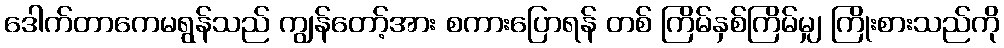
ဒေါက်တာကေမရွန်သည် ကျွန်တော့်အား စကားပြောရန် တစ် ကြိမ်နှစ်ကြိမ်မျှ ကြိုးစားသည်ကို